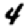
Digit: 4